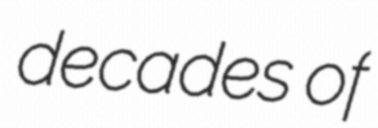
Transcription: decades of